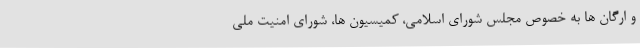
و ارگان ها به خصوص مجلس شورای اسلامی، کمیسیون ها، شورای امنیت ملی